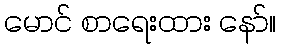
မောင် စာရေးထား နော်။